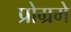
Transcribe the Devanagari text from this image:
प्रोग्रमे